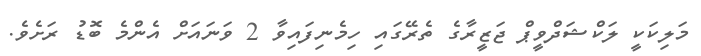
މަލިކަކީ ލަކްޝަދްވީޕް ޖަޒީރާގެ ތެރޭގައި ހިމެނިފައިވާ 2 ވަނައަށް އެންމެ ބޮޑު ރަށެވެ.